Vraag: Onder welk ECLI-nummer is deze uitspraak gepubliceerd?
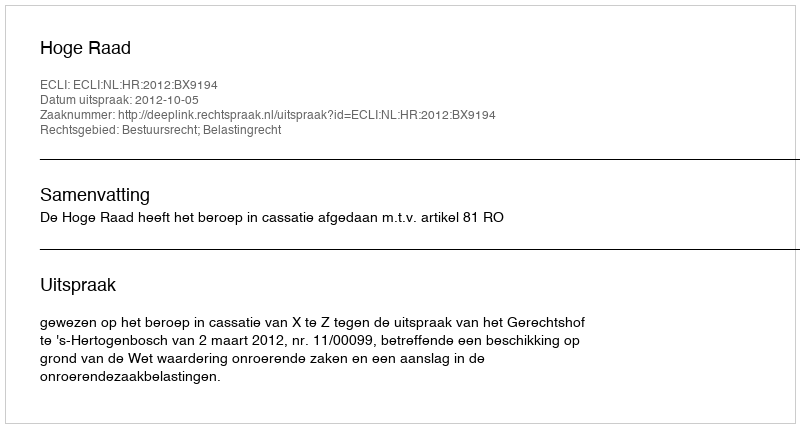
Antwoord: ECLI:NL:HR:2012:BX9194